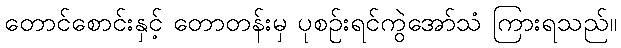
တောင်စောင်းနှင့် တောတန်းမှ ပုစဉ်းရင်ကွဲအော်သံ ကြားရသည်။